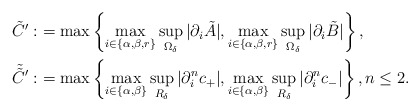
\begin{align*} \tilde{C}':&=\max\left\{\max_{i\in \{\alpha,\beta,r\}}\sup_{\Omega_\delta}|\partial_i\tilde{A}|,\max_{i\in \{\alpha,\beta,r\}}\sup_{\Omega_\delta}|\partial_i\tilde{B}|\right\},\\ \tilde{\tilde{C}}':&=\max\left\{\max_{i\in \{\alpha,\beta\}}\sup_{R_\delta}|\partial_i^nc_+|,\max_{i\in \{\alpha,\beta\}}\sup_{R_\delta}|\partial_i^nc_-|\right\},n\leq 2.\end{align*}